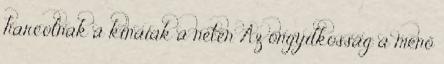
harcolnak a kínaiak a neten Az öngyilkosság a menő